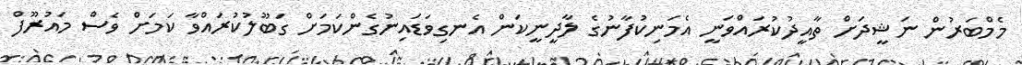
މެމްބަރުން ނަޝީދަށް ތާއީދުކުރައްވަނީ އެމަނިކުފާނުގެ ލާދީނީކަން އެނގިވަޑައިނުގެންކަމަށް ގަބޫލުކުރައްވާ ކަމަށް ވެސް މައުރޫފް